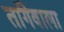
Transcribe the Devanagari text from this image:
तांगेवाला